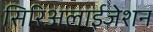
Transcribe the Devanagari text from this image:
सिरिअलाईजेशन